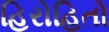
હિરોહિતો